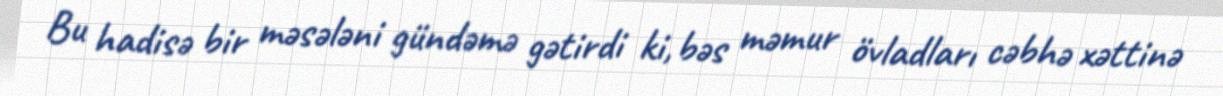
Bu hadisə bir məsələni gündəmə gətirdi ki, bəs məmur övladları cəbhə xəttinə